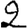
Digit: 2